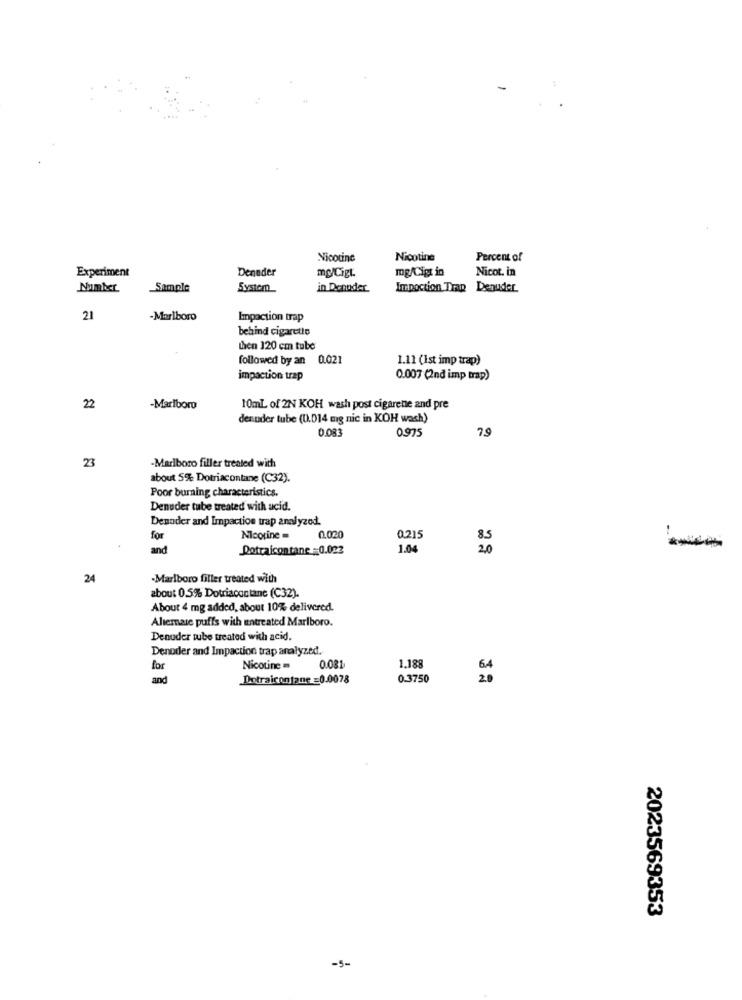
Nicotine
Nicotine
Percent of
Experiment
Dennder
mg/Cigt in
Nicot. in
mg/Cigt.
Sample
System
in Dennder
Impoction Trap Denuder
21
-Marlboro
Impaction trap
behind cigarette
then 120 cm tube
followed by an 0.021
1.11 (Ist imp trap)
impaction trap
0.007 (2nd imp trap)
22
-Marlboro
10mL of 2N KOH wash post cigarene and pre
denuder tube (U.D14 mg nic in KOH wach)
0.083
0.975
7.9
23
-Marlboro filler treated with
about 5% Dotriacontane (C32).
Poor burning characteristics.
Denuder tube treated with acid.
Denoder and Impaction trap analyzod.
for
Nicotine =
0.020
0215
8.5
and
Dotraicontane =0.022
1.04
20
24
-Marlboro filler treated with
about 0.5% Dotriacontane (C32).
About 4 mg added, about 10% delivered.
Allemaic puffs with untreated Marlboro.
Denuder tube treated with acid.
Denoder and Impaction trap analyzed.
0.081
1.188
for
Nicotine
and
Dotrairontane =0.0078
0.3750
2023569353
-5-